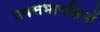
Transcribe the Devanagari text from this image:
उपसभापतियॉ